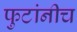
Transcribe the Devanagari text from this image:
फुटांनीच